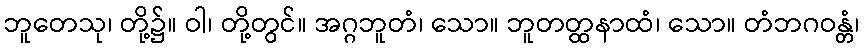
ဘူတေသု၊ တို့၌။ ဝါ၊ တို့တွင်။ အဂ္ဂဘူတံ၊ သော။ ဘူတတ္ထနာထံ၊ သော။ တံဘဂဝန္တံ၊